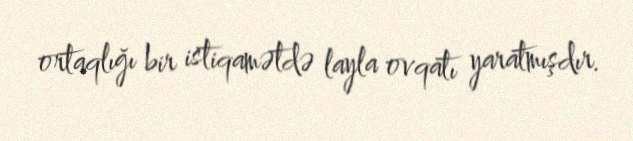
ortaqlığı bir istiqamətdə layla ovqatı yaratmışdır.